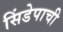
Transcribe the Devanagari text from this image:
सिंडेपाची